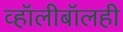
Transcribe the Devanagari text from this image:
व्हॉलीबॉलही